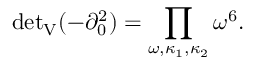
{ \operatorname * { d e t } } _ { \mathrm { V } } ( - \partial _ { 0 } ^ { 2 } ) = \prod _ { \omega , \kappa _ { 1 } , \kappa _ { 2 } } \omega ^ { 6 } .